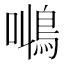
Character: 𱈠